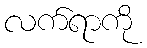
လက်ရာကို